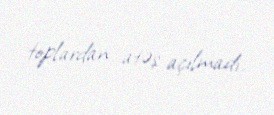
toplardan atəş açılmadı.